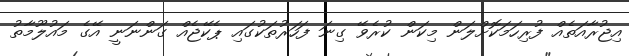
އިޖުރާއަތެއް ފުރިހަމަކޮށްލަން މިކަން ކުރެވޭ ގިނަ ފަހަރުތަކުގައި ޕެކޭޖެއް ގަންނަނީ އޭގެ މައުލޫމާތު